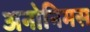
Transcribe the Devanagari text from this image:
अनोनिमस